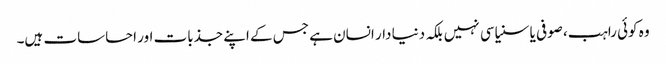
وہ کوئی راہب، صوفی یا سنیاسی نہیں بلکہ دنیا دار انسان ہے جس کے اپنے جذبات اور احساسات ہیں۔